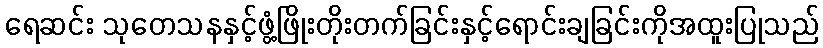
ရေဆင်း သုတေသနနှင့်ဖွံ့ဖြိုးတိုးတက်ခြင်းနှင့်ရောင်းချခြင်းကိုအထူးပြုသည်